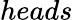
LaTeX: heads